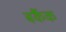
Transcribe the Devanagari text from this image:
बर्कैक